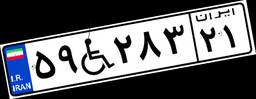
۵۹W۲۸۳۲۱